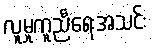
လူမှုကူညီရေးအသင်း